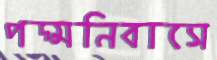
পদ্মনিবাসে